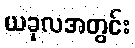
ယခုလအတွင်း